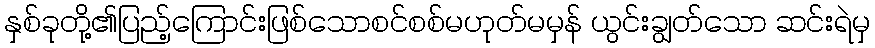
နှစ်ခုတို့၏ပြည့်ကြောင်းဖြစ်သောစင်စစ်မဟုတ်မမှန် ယွင်းချွတ်သော ဆင်းရဲမှ